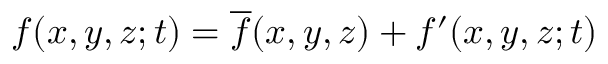
f ( x , y , z ; t ) = \overline { { f } } ( x , y , z ) + f ^ { \prime } ( x , y , z ; t )